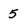
Character: 5